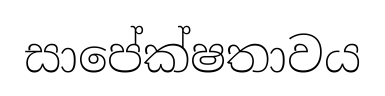
සාපේක්ෂතාවය